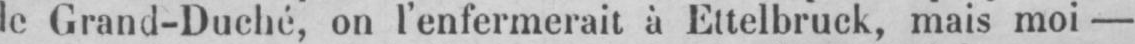
le Grand-Duché, on l’enfermerait à Ettelbruck, mais moi -